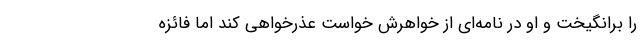
را برانگیخت و او در نامه‌ای از خواهرش خواست عذرخواهی کند اما فائزه